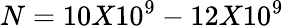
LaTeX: N=10X10^{9}-12X10^{9}